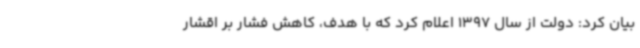
بیان کرد: دولت از سال 1397 اعلام کرد که با هدف، کاهش فشار بر اقشار